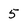
Character: 5